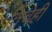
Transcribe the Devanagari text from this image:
तिचेही